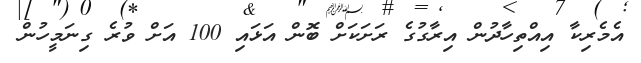
އެމެރިކާ އިއްތިހާދުން އިރާގުގެ ރަށަކަށް ބޮން އަޅައި 100 އަށް ވުރެ ގިނަމީހުން